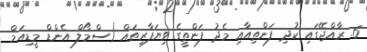
6. ރާއްޖޭގައި ކުދި ފަންތިއާއި މެދު ފަންތީގެ ވިޔަފާރިތައް (ސްމޯލް އެންޑް މީޑިއަމް